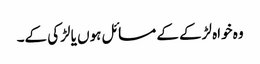
وہ خواہ لڑکے کے مسائل ہوں یا لڑکی کے۔